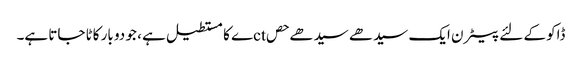
ڈاکو کے لئے پیٹرن ایک سیدھے سیدھے حصctے کا مستطیل ہے ، جو دو بار کاٹا جاتا ہے۔